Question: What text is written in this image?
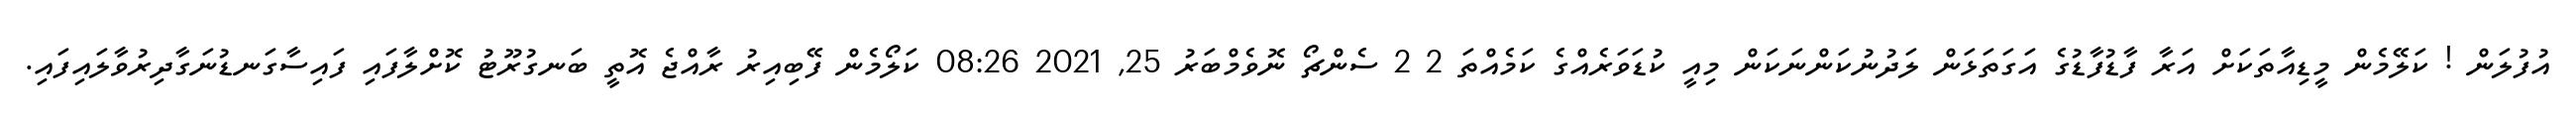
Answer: އުފުލަން ! ކަލޭމެން މީޑިއާތަކަށް އަރާ ފާޑުފާޑުގެ އަގަތަޅަން ލަދުނުކަންނަކަން މިއީ ކުޑަވަރެއްގެ ކަމެއްތަ 2 2 ސެންޗޯ ނޮވެމްބަރު 25, 2021 08:26 ކަލޯމެން ފޭބިއިރު ރާއްޖެ އޮތީ ބަނގުރޫޓު ކޮށްލާފައި ފައިސާގަނޑުނަގާދިރުވާލައިފައި.